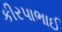
કીરપાભાઈ